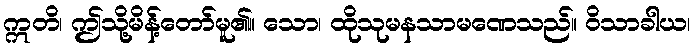
ဣတိ၊ ဤသို့မိန့်တော်မူ၏။ သော၊ ထိုသုမနသာမဏေသည်။ ဝိသာခါယ၊